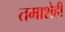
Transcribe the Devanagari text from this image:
तमाशेही